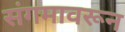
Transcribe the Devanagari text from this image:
संगमावरून